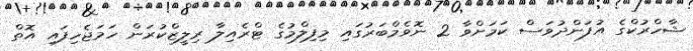
ޝާހްރުކްގެ އުފަންދުވަސް ކަމަށްވާ 2 ނޮވެމްބަރުގައި މިފިލްމުގެ ޓްރެއިލާ ރިލީޒްކުރަން ހަމަޖެހިފައި އޮތް